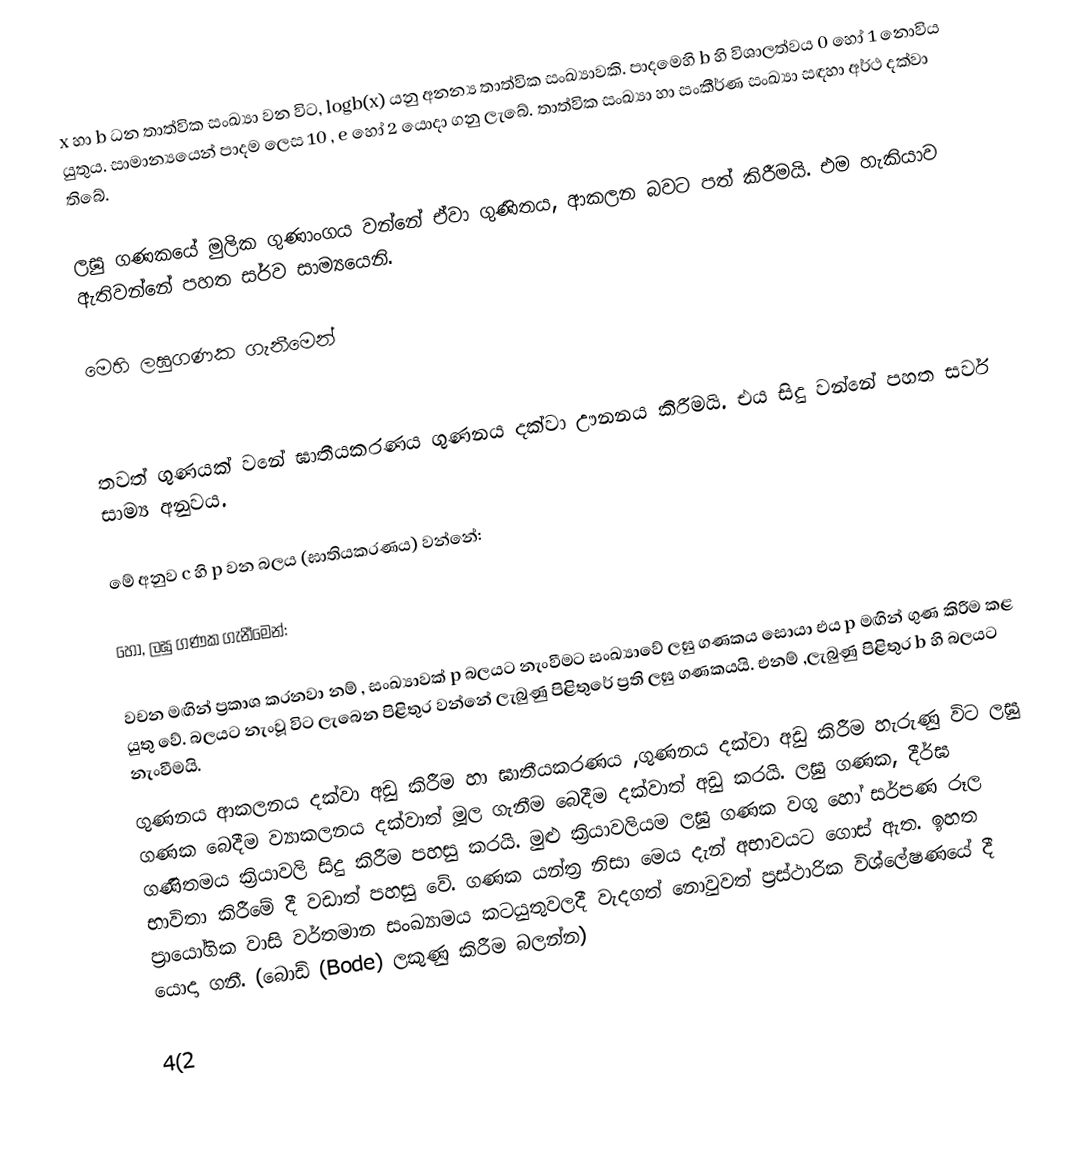
x  හා b  ධන තාත්වික සංඛ්‍යා වන විට, logb(x) යනු අනන්‍ය තාත්වික සංඛ්‍යාවකි. පාද‍මෙහි b   හි විශාලත්වය 0 හෝ 1 නොවිය යුතුය. සාමාන්‍යයෙන් පාදම ලෙස 10 , e හෝ 2 යොදා ගනු ලැබේ. තාත්වික සංඛ්‍යා හා සංකීර්ණ සංඛ්‍යා සඳහා අර්ථ දක්වා තිබේ.

ලඝු ගණකයේ මුලික ගුණාංගය වන්නේ ඒවා ගුණිතය, ආකලන බවට පත් කිරීමයි. එම හැකියාව ඇතිවන්නේ පහත සර්ව සාම්‍යයෙනි.

මෙහි ලඝුගණක ගැනීමෙන්

තවත් ගුණයක් වනේ ඝාතීයකරණය ගුණනය දක්වා ඌනනය කිරීමයි. එය සිදු වන්නේ පහත සර්ව සාම්‍ය අනුවය.

මේ අනුව c හි p වන බලය  (ඝාතියකරණය) වන්නේ:

හෝ, ලඝු ගණක ගැනීමෙන්:

වචන මඟින් ප්‍රකාශ කරනවා නම් , සංඛ්‍යාවක් p බලයට නැංවීමට සංඛ්‍යාවේ ලඝු ගණකය සොයා එය p මඟින් ගුණ කිරීම කළ යුතු වේ. බලයට නැංවූ විට ලැබෙන පිළිතුර වන්නේ ලැබුණු පිළිතුරේ ප්‍රති ලඝු ගණකයයි. එනම්  ,ලැබුණු පිළිතුර b හි බලයට නැංවීමයි.
ගුණනය ආකලනය දක්වා අඩු කිරීම හා ඝාතීයකරණය ,ගුණනය දක්වා අඩු කිරීම හැරුණු විට ලඝු ගණක බෙදීම ව්‍යාකලනය දක්වාත් මූල ගැනීම බෙදීම දක්වාත් අඩු කරයි. ලඝු ගණක, දීර්ඝ ගණිතමය ක්‍රියාවලි සිදු කිරීම පහසු කරයි. මුළු ක්‍රියාවලියම ලඝු ගණක වගු හෝ සර්පණ රූල භාවිතා කිරීමේ දී වඩාත් පහසු වේ. ගණක යන්ත්‍ර නිසා මෙය දැන් අභාවයට ගොස් ඇත. ඉහත ප්‍රායෝගික වාසි වර්තමාන සංඛ්‍යාමය කටයුතුවලදී වැදගත් නොවුවත් ප්‍රස්ථාරික විශ්ලේෂණයේ දී යොදා ගනී. (බොඩ් (Bode) ලකුණු කිරීම බලන්න)

4(2